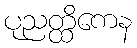
ပုညတ္ထိကေန